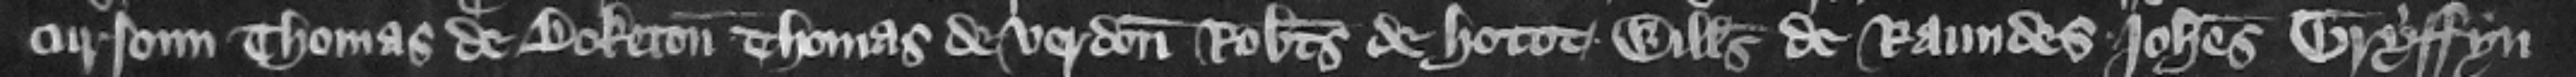
Cursoun Thomas de Boketon Thomas de Verdon Robertus de Hotot Willelmus de Raundes Iohannes Gryffyn